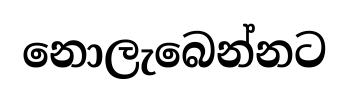
නොලැබෙන්නට